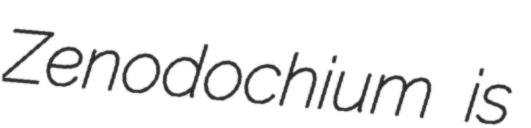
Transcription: Zenodochium is